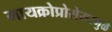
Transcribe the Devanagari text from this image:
मायक्रोप्रोसेसरमुळे